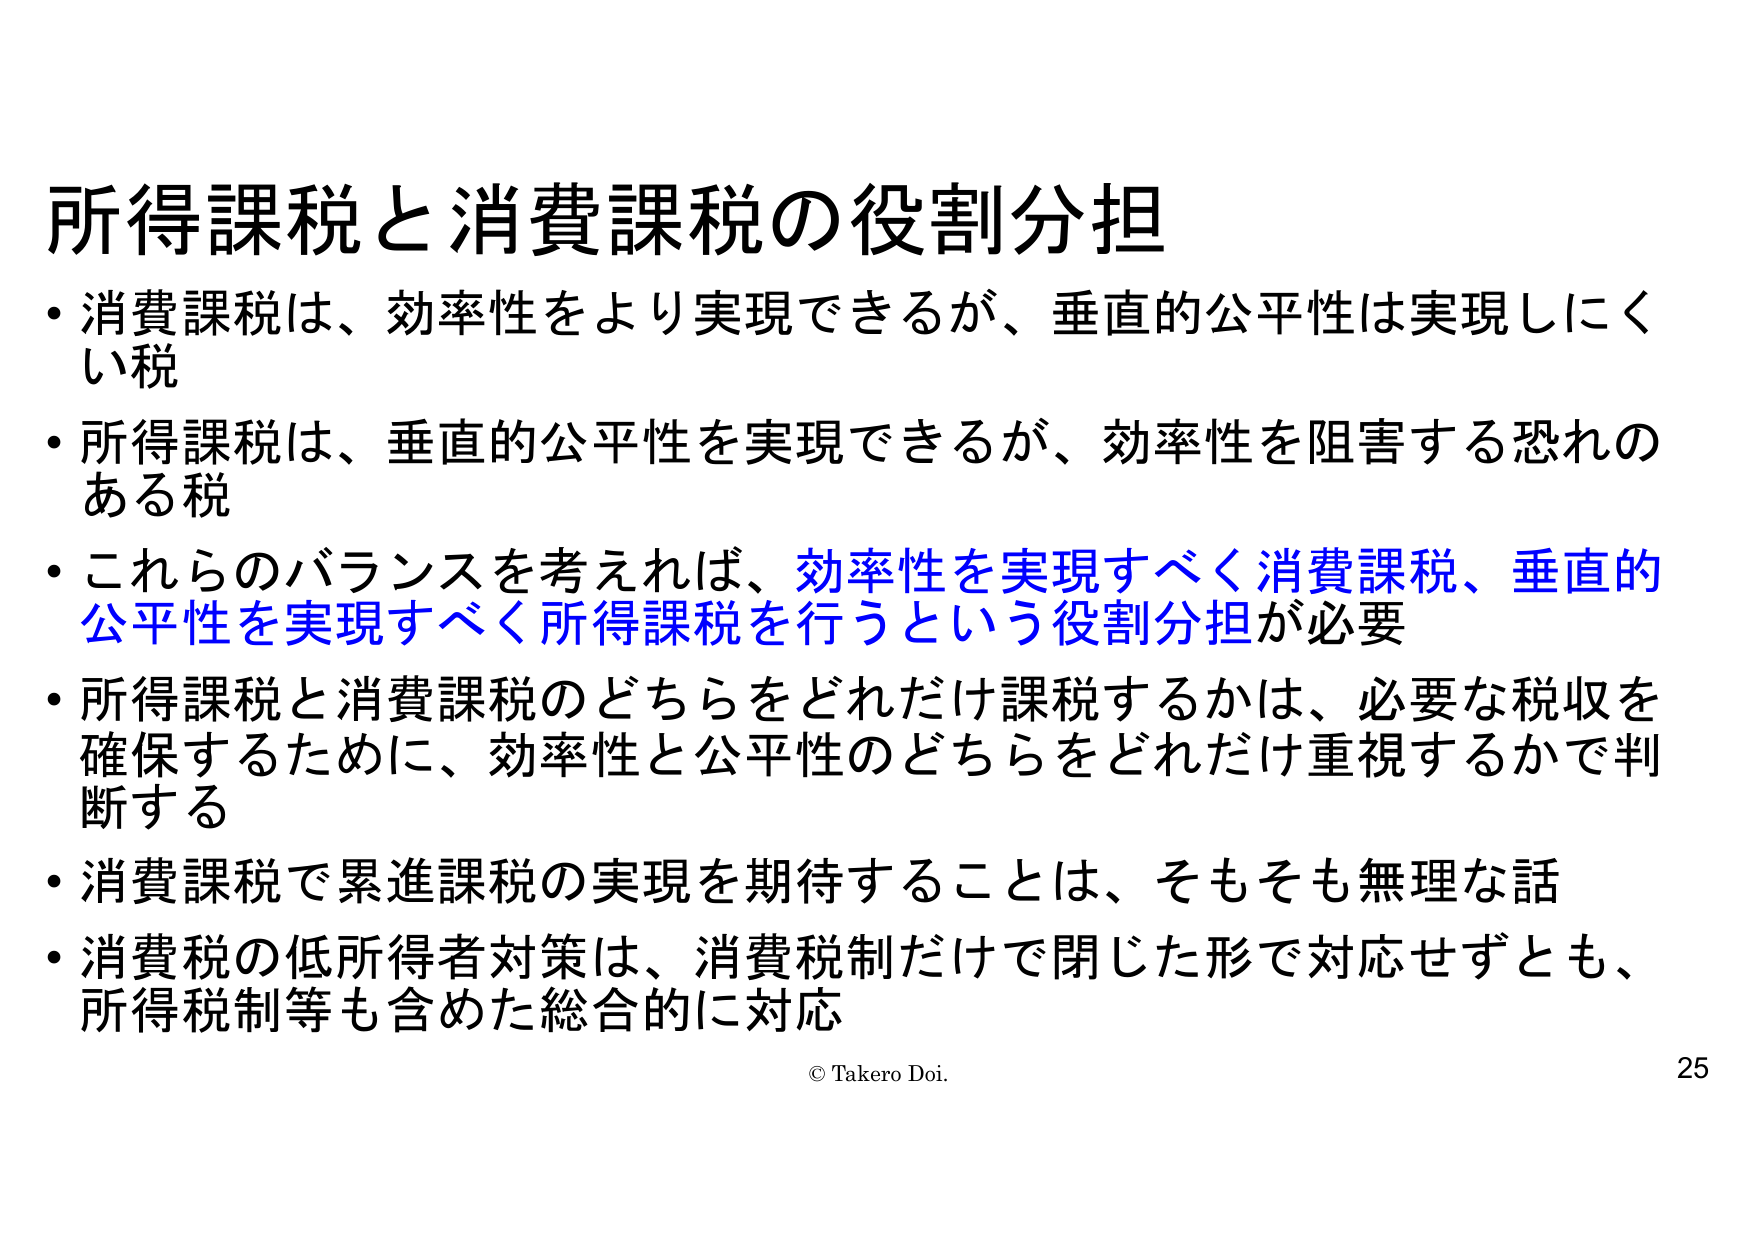
所得課税と消費課税の役割分担
・消費課税は、効率性をより実現できるが、垂直的公平性は実現しにくい税
・所得課税は、垂直的公平性を実現できるが、効率性を阻害する恐れのある税
・これらのバランスを考えれば、効率性を実現すべく消費課税、垂直的公平性を実現すべく所得課税を行うという役割分担が必要
・所得課税と消費課税のどちらをどれだけ課税するかは、必要な税収を確保するために、効率性と公平性のどちらをどれだけ重視するかで判断する
・消費課税で累進課税の実現を期待することは、そもそも無理な話
・消費税の低所得者対策は、消費税制だけで閉じた形で対応せずとも、所得税制等も含めた総合的に対応
© Takero Doi.
25